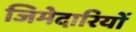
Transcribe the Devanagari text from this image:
जिमेदारियों